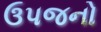
ઉપજનો